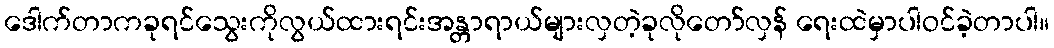
ဒေါက်တာကခုရင်သွေးကိုလွယ်ထားရင်းအန္တာရာယ်များလှတဲ့ခုလိုတော်လှန် ရေးထဲမှာပါဝင်ခဲ့တာပါ။